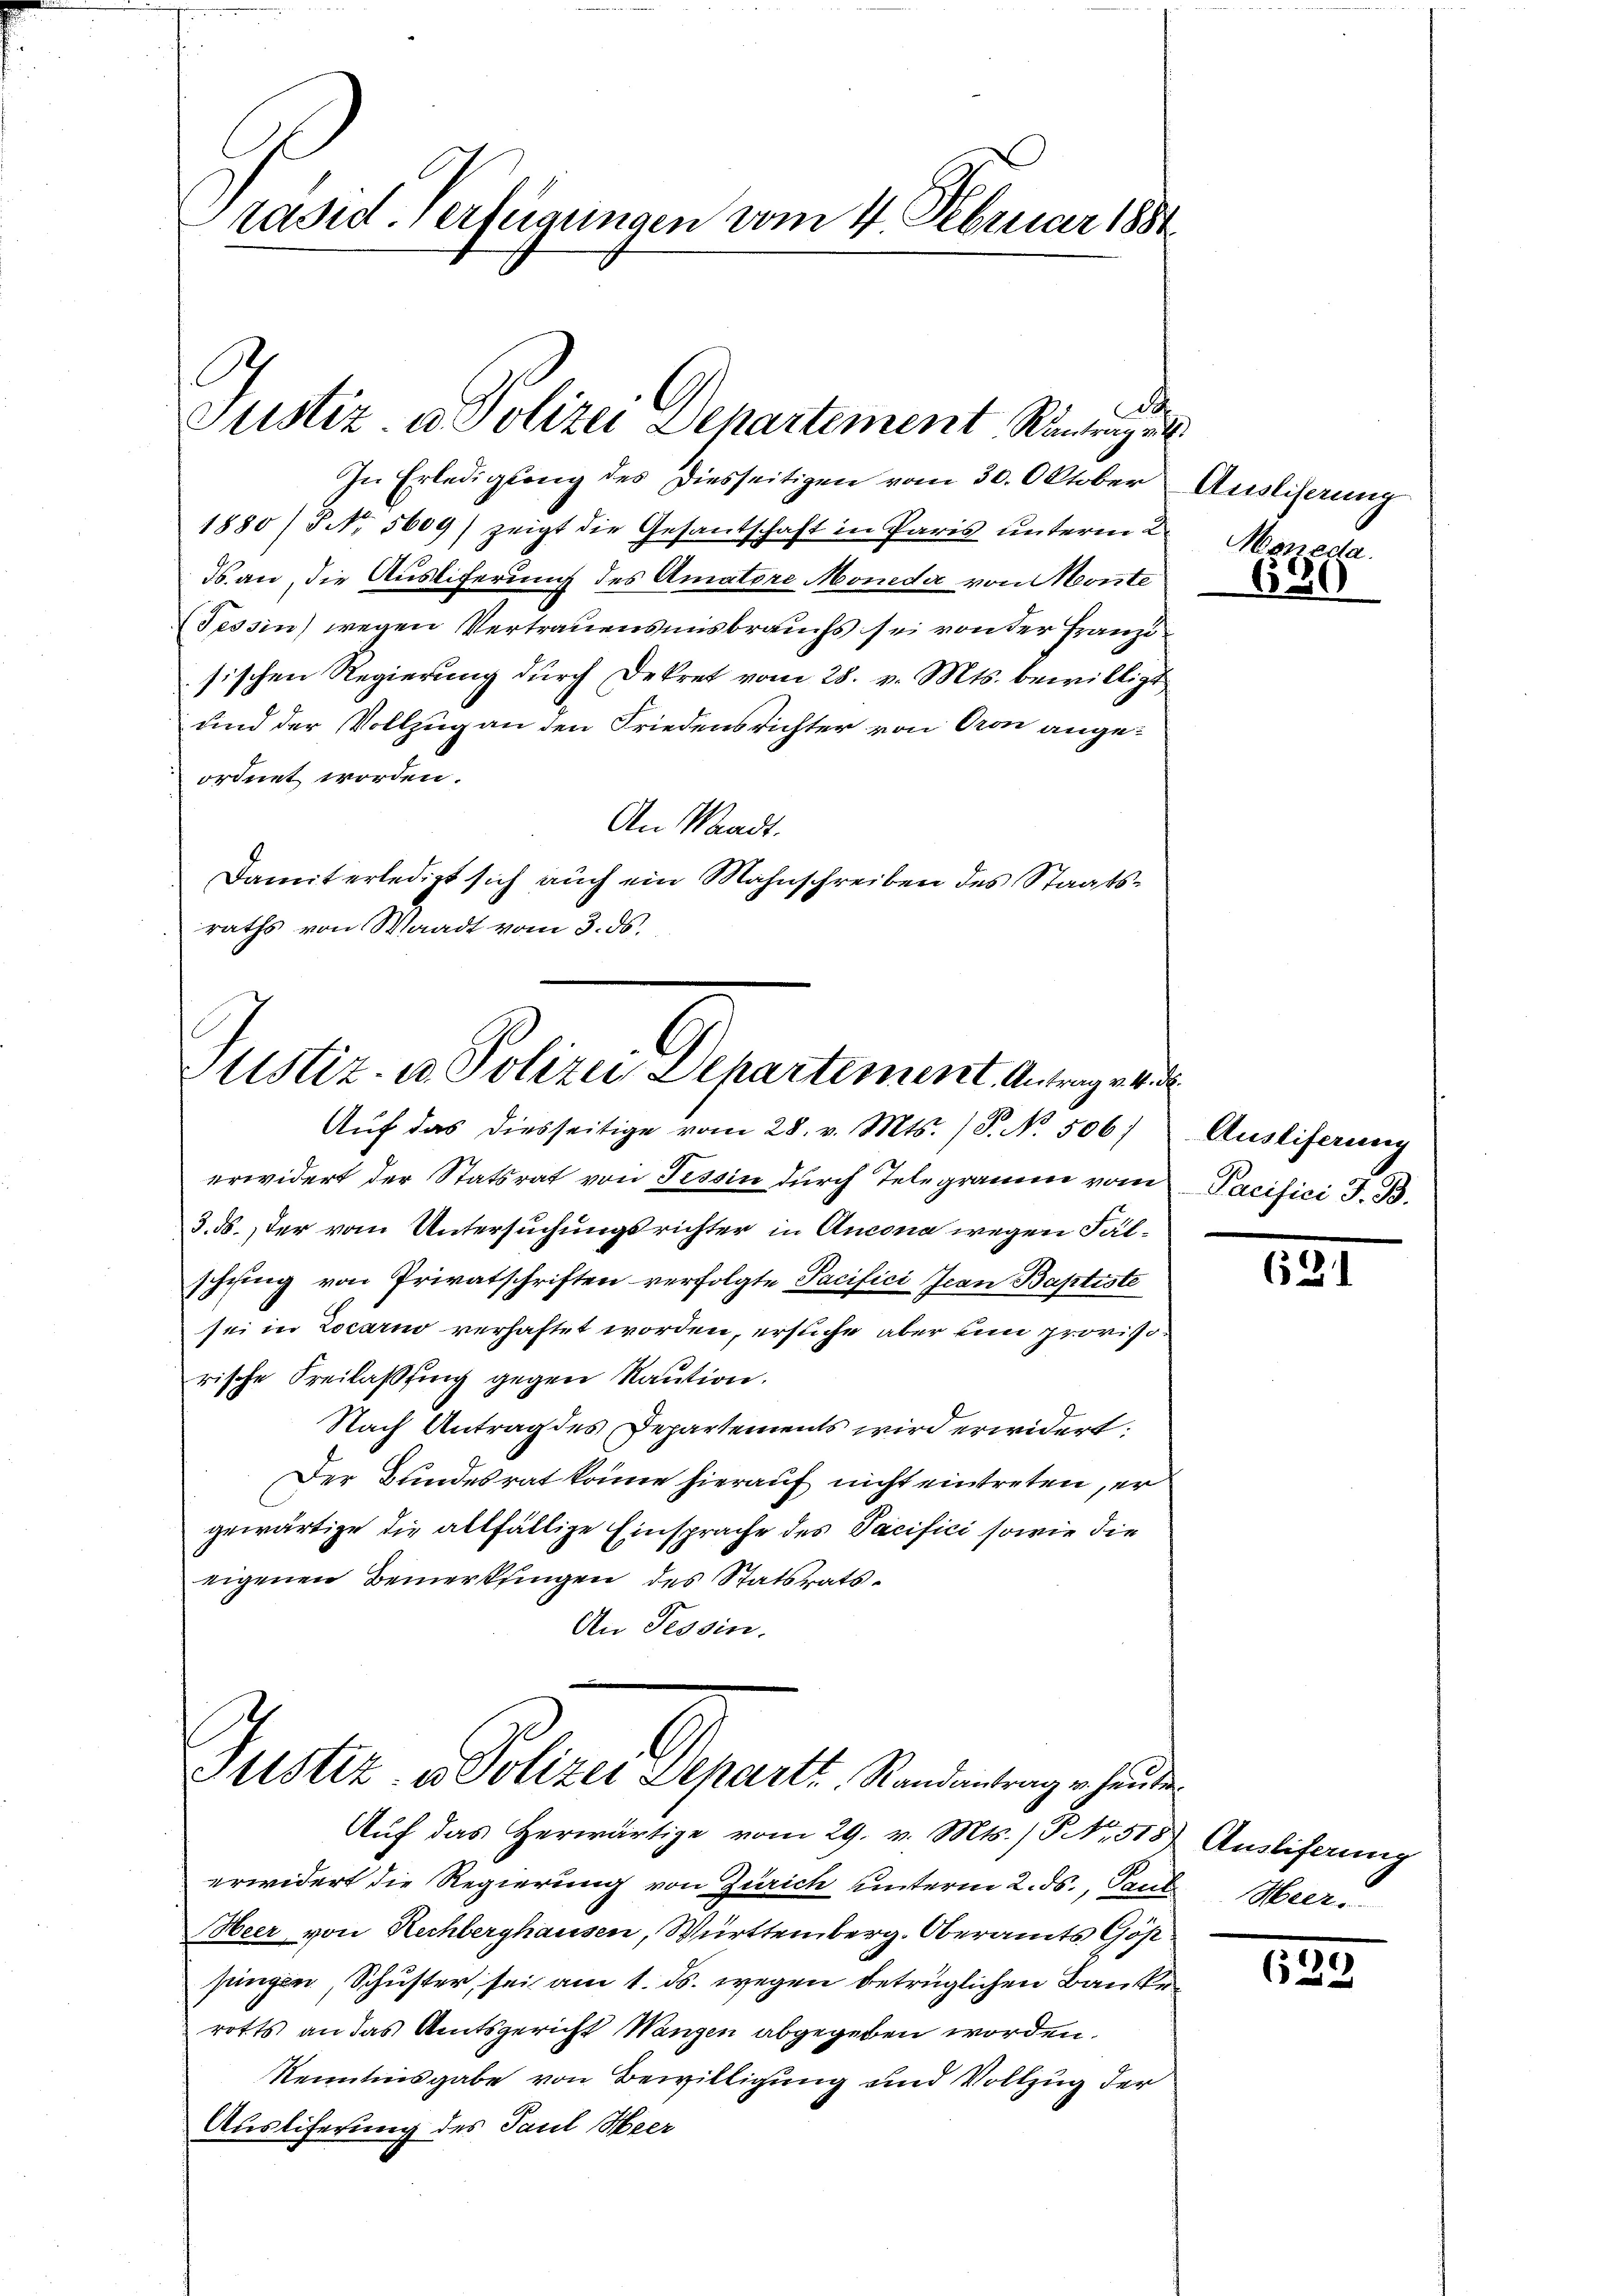
räsid. Verfügungen vom 4. Februar 1881

Justiz u. Polizei Departement Rantrag ein
In Erledigung des Diesseitigen vom 30. Oktober

.

1880/ NNo. 5609) zeigt die Gesantschaft in Paris unterm 2
ds. an, die Austiferung des Amatore Moneda von Monte
Tessin) wegen Vertrauensmisbrauchs sei von der Franzi
sischen Regierung durch Dekret vom 28. v. Mts. bewilligt
und der Vollzug an den Friedensrichter von Cron angeordnet worden.
An Waadt.
Damit erledigt sich auch ein Mahnschreiben des Staatsraths von Waadt vom 3. ds.

Justiz- u Polizei Departement Antrage v
Aŭf das diesseitige vom 28. v. Mts. (T. No. 506)

erwidert der Statsrat von Tessin durch Telegramm vom
3. ds., der vom Untersuchungsrichter in Ancona wegen Fälschung von Privatschriften verfolgte Pacifici Jean Baptiste
sei in Locarno verhaftet worden, ersuche aber un provisorische Freilassung gegen Raution.
Nach Antrag des Departements wird erwidert:
Der Bundesrat könne hierauf nicht eintreten, er
gewärtige die allfällige Einsprache des Vacifici sowie die
eigenen Bemerkungen des Statsrats¬
An Tessin.

Justiz, u. Sollen Deprent Standerung hinde
Aŭf das herwärtige vom 29. v. Mts. / NNo. 513) Auslieferung

erwidert die Regierung von Zürich unterm 2. ds., Paul Meer.
Heer von Rechberghausen, Württemberg. Oberamts Gös
pingen, Schuster, sei am 1. ds. wegen betrüglichen Banken
rotts an das Amtsgericht Wangen abgegeben worden.
Kenntnisgabe von Bewilligung und Vollzug der
Ausliferung des Paul Heer

4)
Ausliserung
Maneda.

.

130

.
Ausliferung
Pacisici J. B.

131

(239